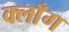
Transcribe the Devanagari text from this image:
क्लाँग